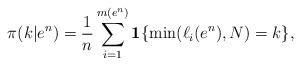
LaTeX: \begin{align*}\pi(k|e^n)=\frac{1}{n}\sum_{i=1}^{m(e^n)}\mathbf{1}\{\min(\ell_i(e^n),N)=k\},\end{align*}